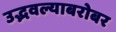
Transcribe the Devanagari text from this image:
उद्भवल्याबरोबर